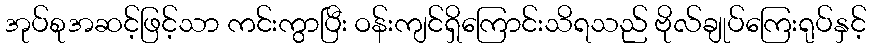
အုပ်စုအဆင့်ဖြင့်သာ ကင်းကွာပြီး ဝန်းကျင်ရှိကြောင်းသိရသည် ဗိုလ်ချုပ်ကြေးရုပ်နှင့်